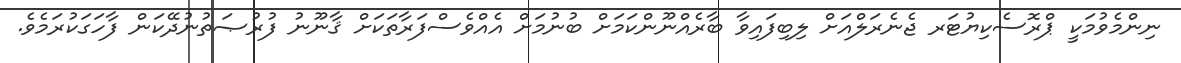
ނިންމެވުމަކީ ޕްރޮސެކިޔުޓަރ ޖެނެރަލްއަށް ލިބިފައިވާ ބާރެއްނޫންކަމަށް ބުނުމަށް އެއްވެސްފަރާތަކަށް ޤާނޫނު ފުރުޞަތުނުދޭކަން ފާހަގަކުރަމެވެ.